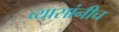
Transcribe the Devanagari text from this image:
व्यासांनीच